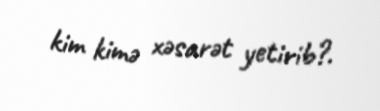
kim kimə xəsarət yetirib?.